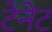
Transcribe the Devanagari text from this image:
टेनेट